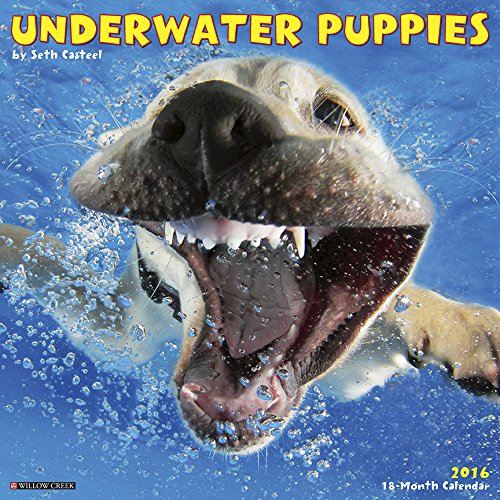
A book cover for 2016 Underwater Puppies Wall Calendar; Seth Casteel; Calendars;